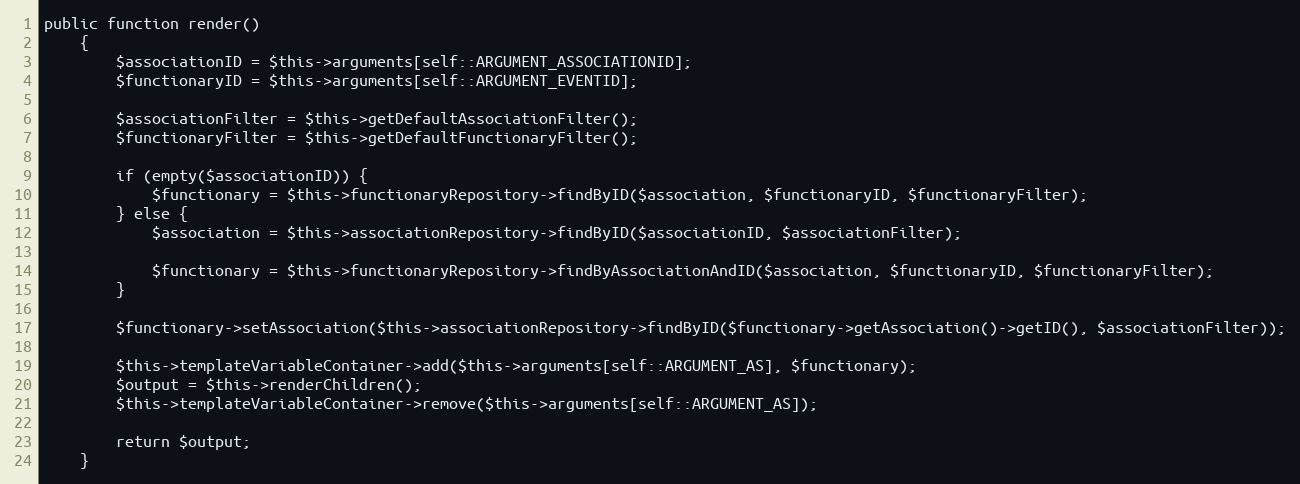
Language: PHP
public function render()
    {
        $associationID = $this->arguments[self::ARGUMENT_ASSOCIATIONID];
        $functionaryID = $this->arguments[self::ARGUMENT_EVENTID];

        $associationFilter = $this->getDefaultAssociationFilter();
        $functionaryFilter = $this->getDefaultFunctionaryFilter();

        if (empty($associationID)) {
            $functionary = $this->functionaryRepository->findByID($association, $functionaryID, $functionaryFilter);
        } else {
            $association = $this->associationRepository->findByID($associationID, $associationFilter);

            $functionary = $this->functionaryRepository->findByAssociationAndID($association, $functionaryID, $functionaryFilter);
        }

        $functionary->setAssociation($this->associationRepository->findByID($functionary->getAssociation()->getID(), $associationFilter));

        $this->templateVariableContainer->add($this->arguments[self::ARGUMENT_AS], $functionary);
        $output = $this->renderChildren();
        $this->templateVariableContainer->remove($this->arguments[self::ARGUMENT_AS]);

        return $output;
    }